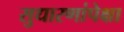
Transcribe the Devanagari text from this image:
सुधारणांपेक्षा